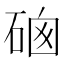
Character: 𥓁